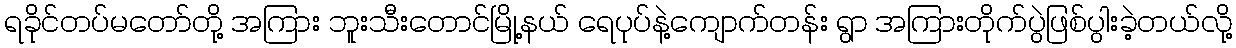
ရခိုင်တပ်မတော်တို့ အကြား ဘူးသီးတောင်မြို့နယ် ရေပုပ်နဲ့ကျောက်တန်း ရွာ အကြားတိုက်ပွဲဖြစ်ပွါးခဲ့တယ်လို့